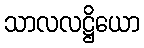
သာလလဋ္ဌိယော